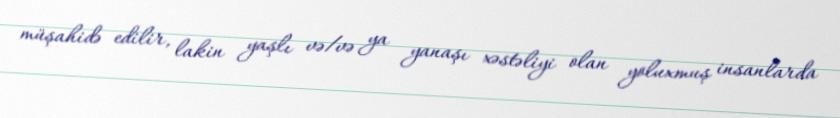
müşahidə edilir, lakin yaşlı və/və ya yanaşı xəstəliyi olan yoluxmuş insanlarda